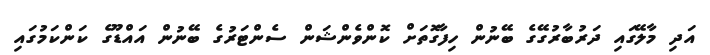
އަދި މާލޭގައި ދަރުބާރުގޭގެ ބޭނުން ހިފާގޮތަށް ކޮންވެންޝަން ސެންޓަރުގެ ބޭނުން އައްޑޫގެ ކަންކަމުގައި